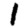
Digit: 1